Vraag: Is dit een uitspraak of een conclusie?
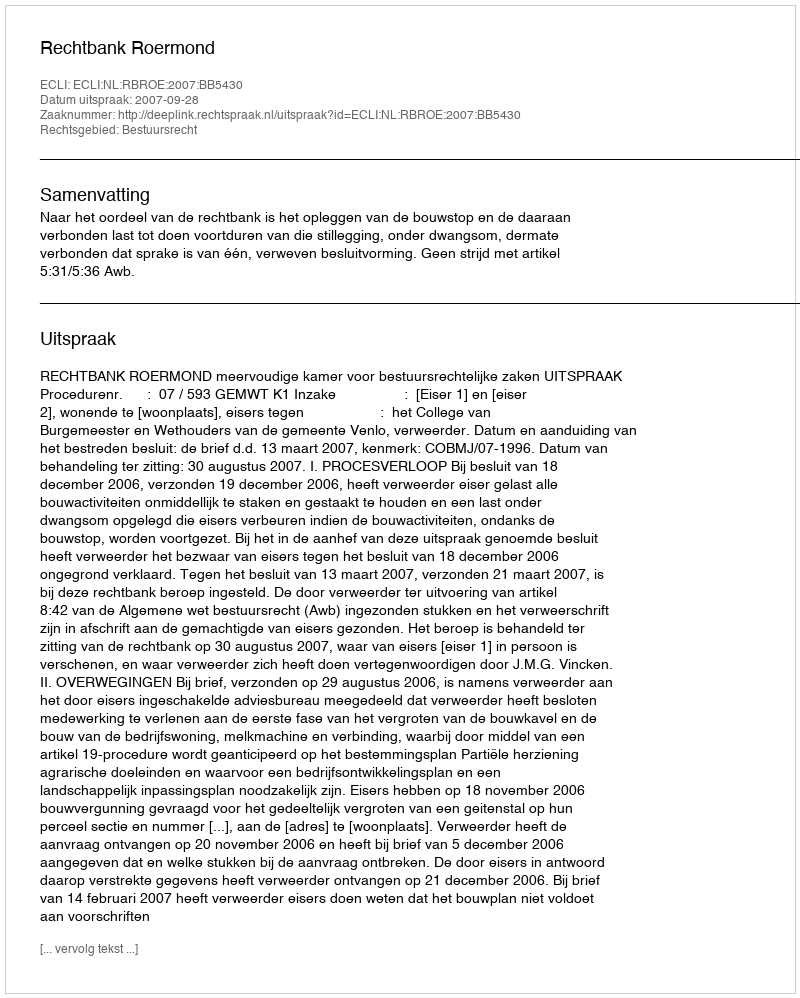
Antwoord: Uitspraak